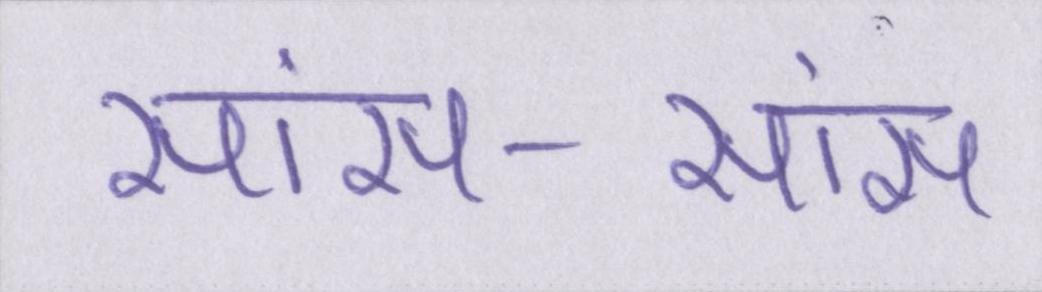
सांस-सांस